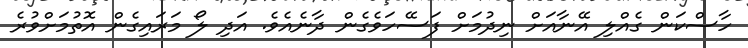
ހާސްކަން ގެއްލި އޭނާއަށް ނިދުމަށް ފަސޭހަވެގެން ދާނެއެވެ. އަދި ލޯ މަރައިގެން އޮތުމަށްވުރެ